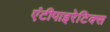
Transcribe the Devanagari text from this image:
एंटीपाइरेटिक्स